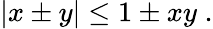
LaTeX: \begin{array}{r}{|x\pm y|\le 1\pm xy\; .}\end{array}